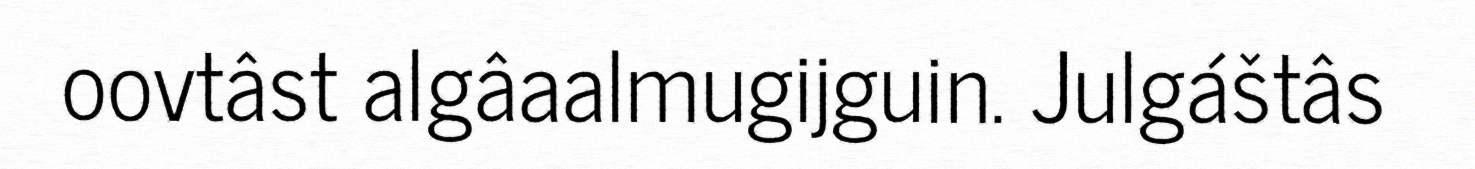
oovtâst algâaalmugijguin. Julgáštâs